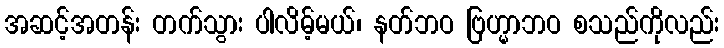
အဆင့်အတန်း တက်သွား ပါလိမ့်မယ်၊ နတ်ဘဝ ဗြဟ္မာဘဝ စသည်ကိုလည်း